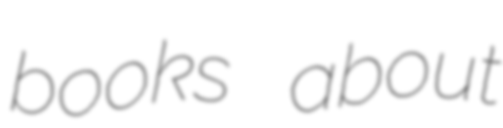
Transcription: books about